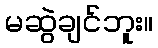
မဆွဲချင်ဘူး။